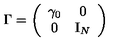
\Gamma = \left( \begin{array} { c c } { \gamma _ { 0 } } & { 0 } \\ { 0 } & { \mathrm { I } _ { N } } \\ \end{array} \right)